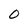
Character: O